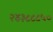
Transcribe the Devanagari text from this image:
२४३८८८५०